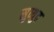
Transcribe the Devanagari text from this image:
सुव्युद